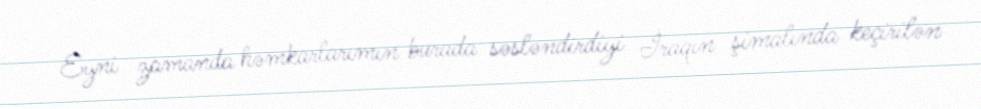
Eyni zamanda həmkarlarımın burada səsləndirdiyi İraqın şimalında keçirilən